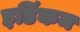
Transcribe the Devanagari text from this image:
इडिंकम